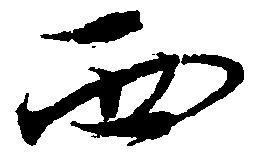
西